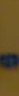
-